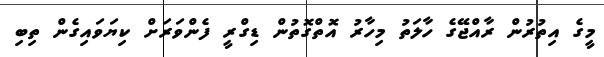
މީގެ އިތުރުން ރާއްޖޭގެ ހާލަތު މިހާރު އޮތްގޮތުން ޑިގްރީ ފެންވަރަށް ކިޔަވައިގެން ތިބި